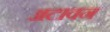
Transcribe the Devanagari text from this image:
अटावन